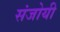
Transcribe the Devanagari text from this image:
संजोयी